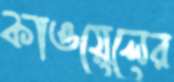
কাওয়েলের